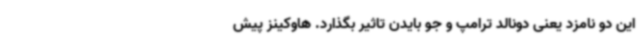
این دو نامزد یعنی دونالد ترامپ و جو بایدن تاثیر بگذارد. هاوکینز پیش